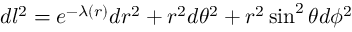
d l ^ { 2 } = e ^ { - \lambda ( r ) } { d r ^ { 2 } } + r ^ { 2 } d \theta ^ { 2 } + r ^ { 2 } \sin ^ { 2 } \theta d \phi ^ { 2 }